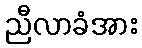
ညီလာခံအား